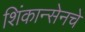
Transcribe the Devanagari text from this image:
शिंकान्सेनचे